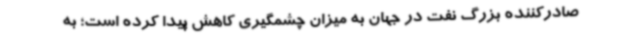
صادرکننده بزرگ نفت در جهان به میزان چشمگیری کاهش پیدا کرده است؛ به